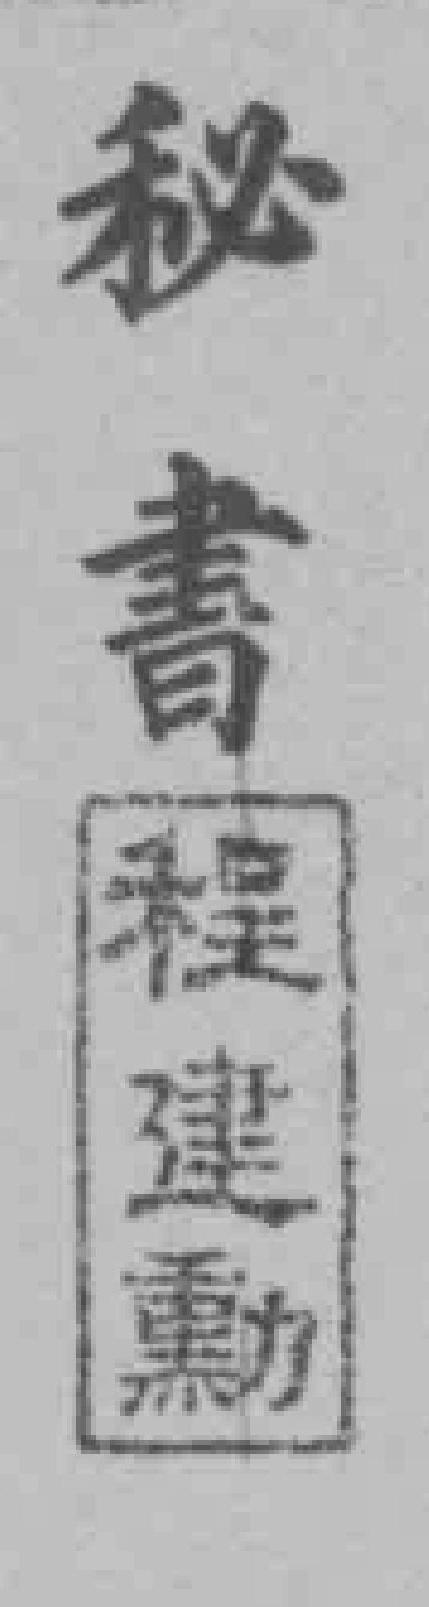
秘書程建勲